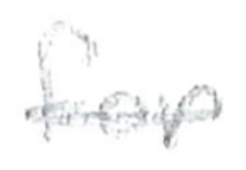
Text: for
Cross-out: single-line
Writing tool: pencil